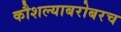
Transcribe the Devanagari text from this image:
कौशल्याबरोबरच